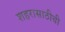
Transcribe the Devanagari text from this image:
शहरासाठीची